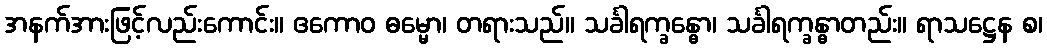
အနက်အားဖြင့်လည်းကောင်း။ ဧကောဝ ဓမ္မော၊ တရားသည်။ သင်္ခါရက္ခန္ဓော၊ သင်္ခါရက္ခန္ဓာတည်း။ ရာသဋ္ဌေန စ၊